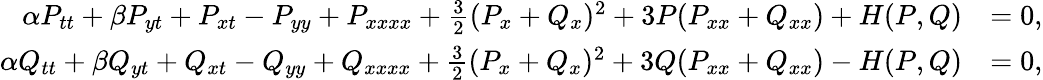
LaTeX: \begin{array}{rl}{\alpha P_{tt}+\beta P_{yt}+P_{xt}-P_{yy}+P_{xxxx}+\frac{3}{2}(P_{x}+Q_{x})^{2}+3P(P_{xx}+Q_{xx})+H(P,Q)}&{=0,}\\ {\alpha Q_{tt}+\beta Q_{yt}+Q_{xt}-Q_{yy}+Q_{xxxx}+\frac{3}{2}(P_{x}+Q_{x})^{2}+3Q(P_{xx}+Q_{xx})-H(P,Q)}&{=0,}\end{array}